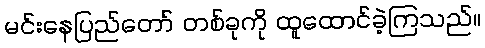
မင်းနေပြည်တော် တစ်ခုကို ထူထောင်ခဲ့ကြသည်။